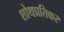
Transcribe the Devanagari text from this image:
शोथप्रतिकर